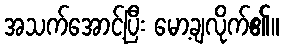
အသက်အောင့်ပြီး မော့ချလိုက်၏။